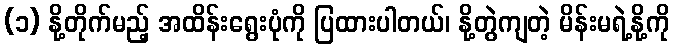
(၁) နို့တိုက်မည့် အထိန်းရွေးပုံကို ပြထားပါတယ်၊ နို့တွဲကျတဲ့ မိန်းမရဲ့နို့ကို